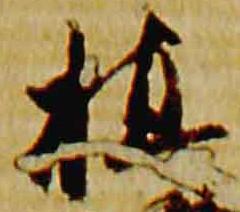
植